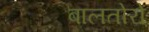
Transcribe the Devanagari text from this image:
बालतोरो